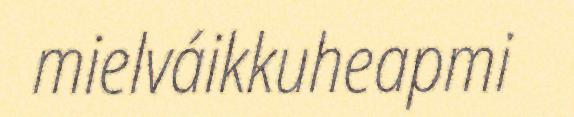
mielváikkuheapmi